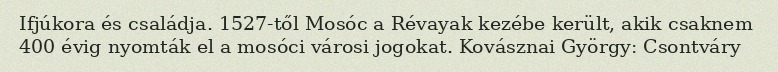
Ifjúkora és családja. 1527-től Mosóc a Révayak kezébe került, akik csaknem 400 évig nyomták el a mosóci városi jogokat. Kovásznai György: Csontváry